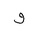
Letter: _waw